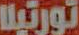
تورتيلا